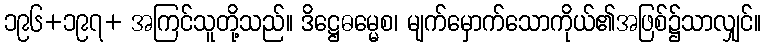
၁၉၆+၁၉၇+ အကြင်သူတို့သည်။ ဒိဋ္ဌေဓမ္မေစ၊ မျက်မှောက်သောကိုယ်၏အဖြစ်၌သာလျှင်။